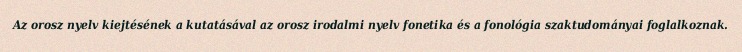
Az orosz nyelv kiejtésének a kutatásával az orosz irodalmi nyelv fonetika és a fonológia szaktudományai foglalkoznak.